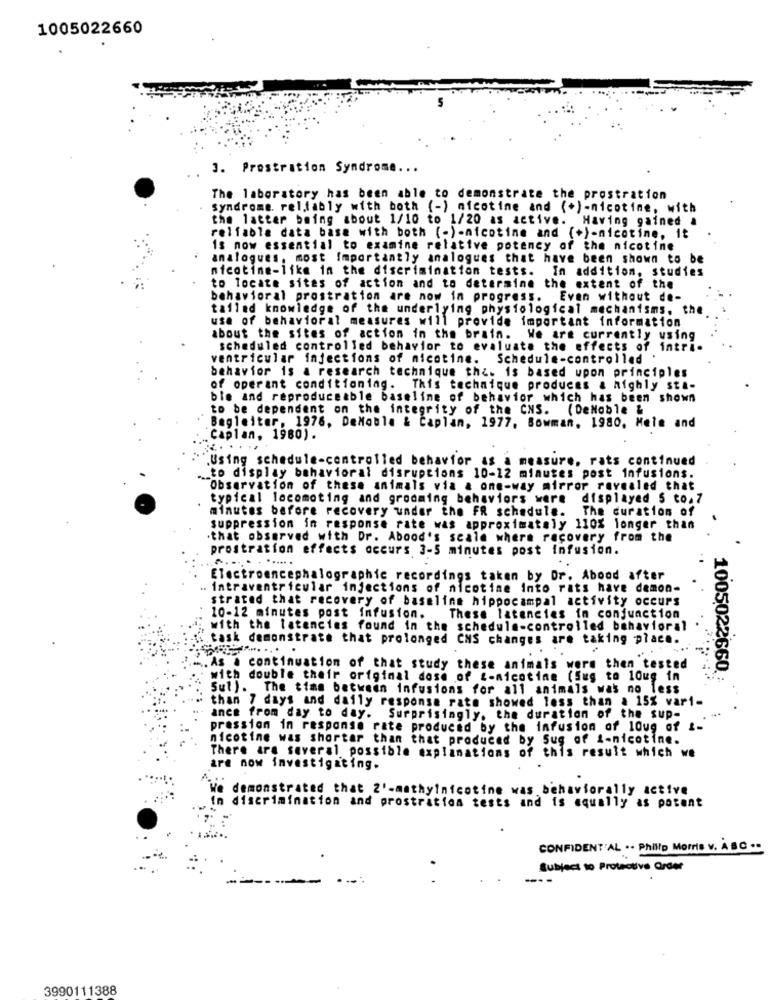
1005022660
3. Prostration Syndrome ...
The laboratory has been able to demonstrate the prostration
Syndrome. reliably with both (-) nicotine and (+)-nicotine, with
the latter being about 1/10 to 1/20 as active. Having gained .
reliable data base with both (-)-nicotine and (+)-nicotine, it
is now essential to examine relative potency of the nicotine
analogues, most Importantly analogues that have been shown to be
nicotine-like in the discrimination tests. In addition, studies
to locate sites of action and to determine the extent of the
behavioral prostration are now in progress. Even without de-
tailed knowledge of the underlying physiological mechanisms. the
use of behavioral measures will provide important information
about the sites of action in the brain. We are currently using
scheduled controlled behavior to evaluate the effects of intri-
ventricular injections of nicotine. Schedule-controlled
behavior is a research technique thi. is based upon principles
of operant conditioning. This technique produces a highly sta-
ble and reproduceable baseline of behavior which has been shown
to be dependent on the integrity of the CNS. (DeNoble &
Begleiter, 1976, DeMoule & Caplan, 1977. Bowman, 1980, Mele and
Caplan, 1980).
.......
.Using schedule-controlled behavior as a measure, rats continued
to display behavioral disruptions 10-12 minutes post infusions.
Observation of these animals via & one-way mirror revealed that
typical locomoting and grooming behaviors were displayed 5 to.7
minutes before recovery under the FR schedule.
The duration of
suppression in response rate was approximately 110% longer than
that observed with Dr. Abood's scale where recovery from the
prostration effects occurs 3-5 minutes post infusion.
...... .......
..
Electroencephalographic recordings taken by Dr. Abood after
intraventricular injections of nicotine into rats have demon-
strated that recovery of baseline hippocampal activity occurs
10-12 minutes post infusion.
These latencies in conjunction
with the latencies found in the schedule-controlled behavioral
task demonstrate that prolonged CNS changes are taking place.
. As a continuation of that study these animals were then tested
with double their original dose of i-nicotine (Sug to 10ug in
1005022660;
Sul). The time between infusions for all animals was no less
than 7 days and daily response rate showed less than a 15% vari-
ance from day to day. Surprisingly, the duration of the sup-
pression in response rate produced by the infusion of 10ug of !-
nicotine was shorter than that produced by Sug of 1-nicotine.
There are several possible explanations of this result which we
are now investigating.
demonstrated that 2'-mathylnicotine was behaviorally active
discrimination and prostration tests and is equally as potent
CONFIDENT'AL .. Philip Morris V. A B C ··
Subject to Protective Order
---
3990111388